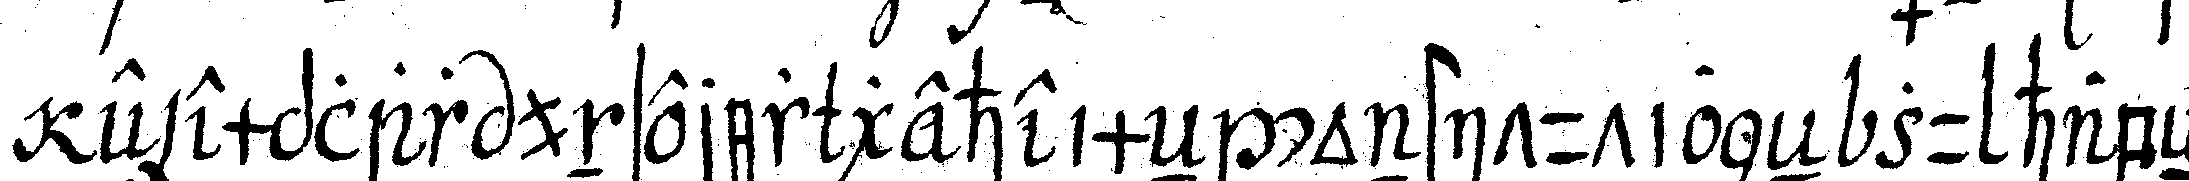
exemplar unserer geheimeN constitutioneN zu habeN